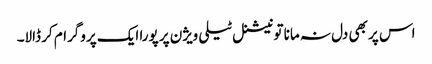
اس پر بھی دل نہ مانا تو نیشنل ٹیلی ویژن پر پورا ایک پروگرام کر ڈالا۔